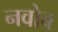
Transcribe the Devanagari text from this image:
नवोब